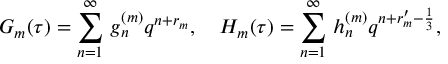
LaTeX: G _ { m } ( \tau ) = \sum _ { n = 1 } ^ { \infty } \, g _ { n } ^ { ( m ) } q ^ { n + r _ { m } } , ~ ~ ~ H _ { m } ( \tau ) = \sum _ { n = 1 } ^ { \infty } \, h _ { n } ^ { ( m ) } q ^ { n + r _ { m } ^ { \prime } - \frac { 1 } { 3 } } ,